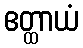
ဧတ္ထာယံ